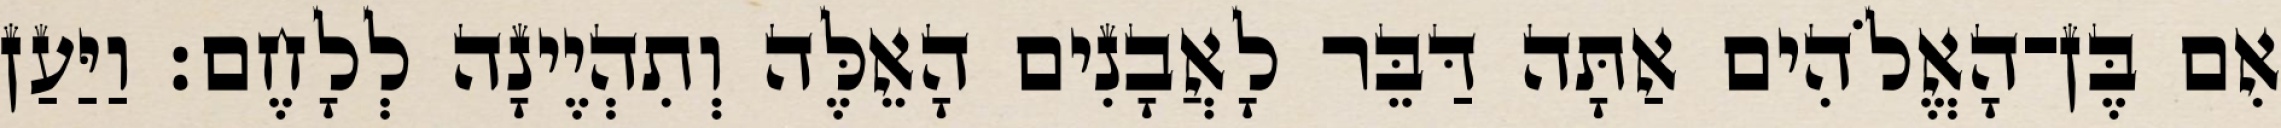
אִם בֶּן־הָאֱלֹהִים אַתָּה דַּבֵּר לָאֲבָנִים הָאֵלֶּה וְתִהְיֶינָה לְלָחֶם׃ וַיַּעַן